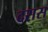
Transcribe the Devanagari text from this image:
दरास